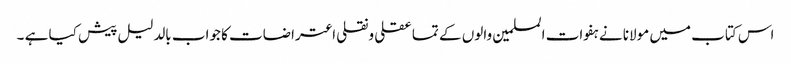
اس کتاب میں مولانا نے ہفوات المسلمین والوں کے تما عقلی ونقلی اعتراضات کا جواب بالدلیل پیش کیا ہے ۔